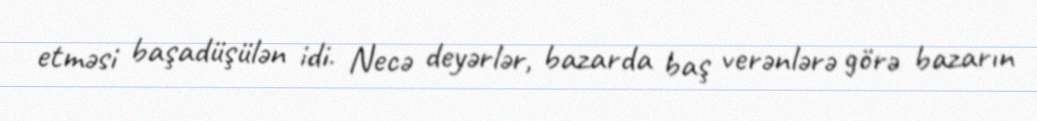
etməsi başadüşülən idi. Necə deyərlər, bazarda baş verənlərə görə bazarın